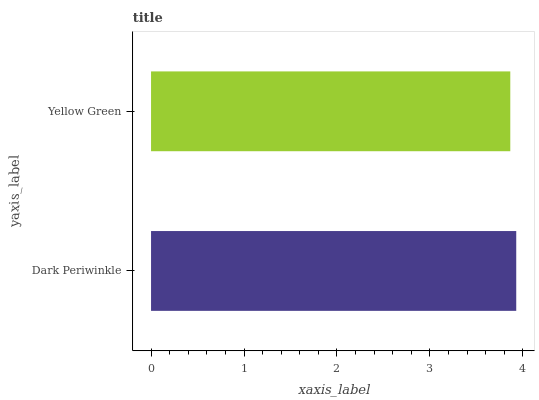
| yaxis_label | bars |
 | --- | --- |
 | Dark Periwinkle | 3.93 |
 | Yellow Green | 3.86 |